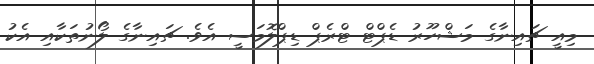
މިއީ ޗައިނާގެ މަޝްހޫރު ޑެޕްޓް ޓްރެޕް ޑިޕްލޮމަސީ އެވެ. ޗައިނާގެ ލޯނުތަކާއި އެކު